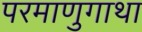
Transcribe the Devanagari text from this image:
परमाणुगाथा